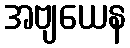
အဗျယေန